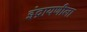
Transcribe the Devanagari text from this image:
इंद्रायणीला